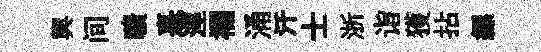
輿间曠憙涇襴涌汗士浙诣獲拈縹